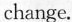
change.